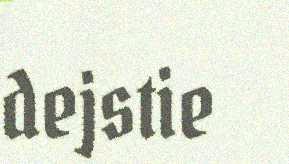
dejstie